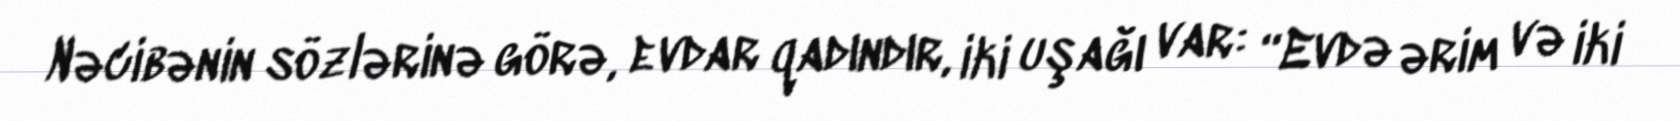
Nəcibənin sözlərinə görə, evdar qadındır, iki uşağı var: “Evdə ərim və iki